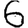
Digit: 6